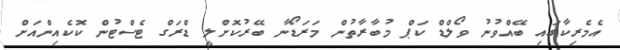
އެމެރިކާގައި ބޭއްވުނު ވޯލްޑް ކަޕް މުބާރާތުން މަރަޑޯނާ ބޭރުކޮށްލީ ޑްރަގް ޓެސްޓުން ކޮކެއިންއަށް